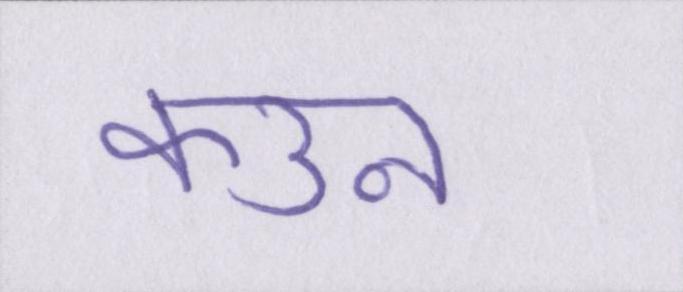
कउन